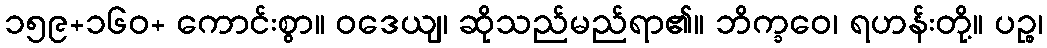
၁၅၉+၁၆၀+ ကောင်းစွာ။ ဝဒေယျ၊ ဆိုသည်မည်ရာ၏။ ဘိက္ခဝေ၊ ရဟန်းတို့။ ပဉ္စ၊